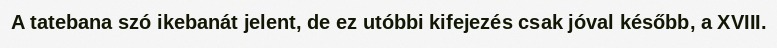
A tatebana szó ikebanát jelent, de ez utóbbi kifejezés csak jóval később, a XVIII.